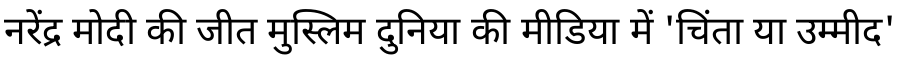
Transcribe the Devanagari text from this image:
नरेंद्र मोदी की जीत मुस्लिम दुनिया की मीडिया में 'चिंता या उम्मीद'